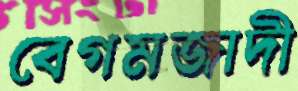
বেগমজাদী